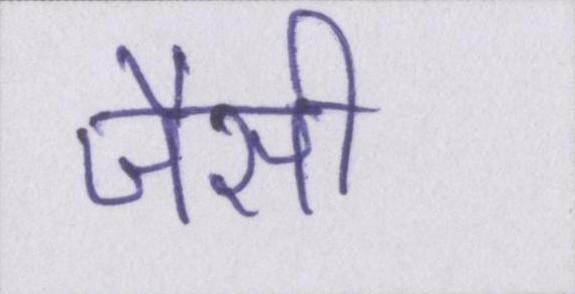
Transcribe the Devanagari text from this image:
जैसी